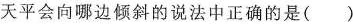
天平会向哪边倾斜的说法中正确的是()